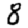
Digit: 8